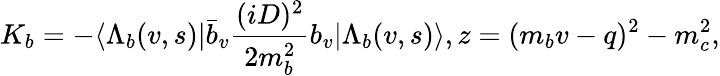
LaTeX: K_{b}=-\langle\Lambda_{b}(v,s)|\bar{b}_{v}{\frac{(iD)^{2}}{2m_{b}^{2}}}b_{v}|\Lambda_{b}(v,s)\rangle,z=(m_{b}v-q)^{2}-m_{c}^{2},